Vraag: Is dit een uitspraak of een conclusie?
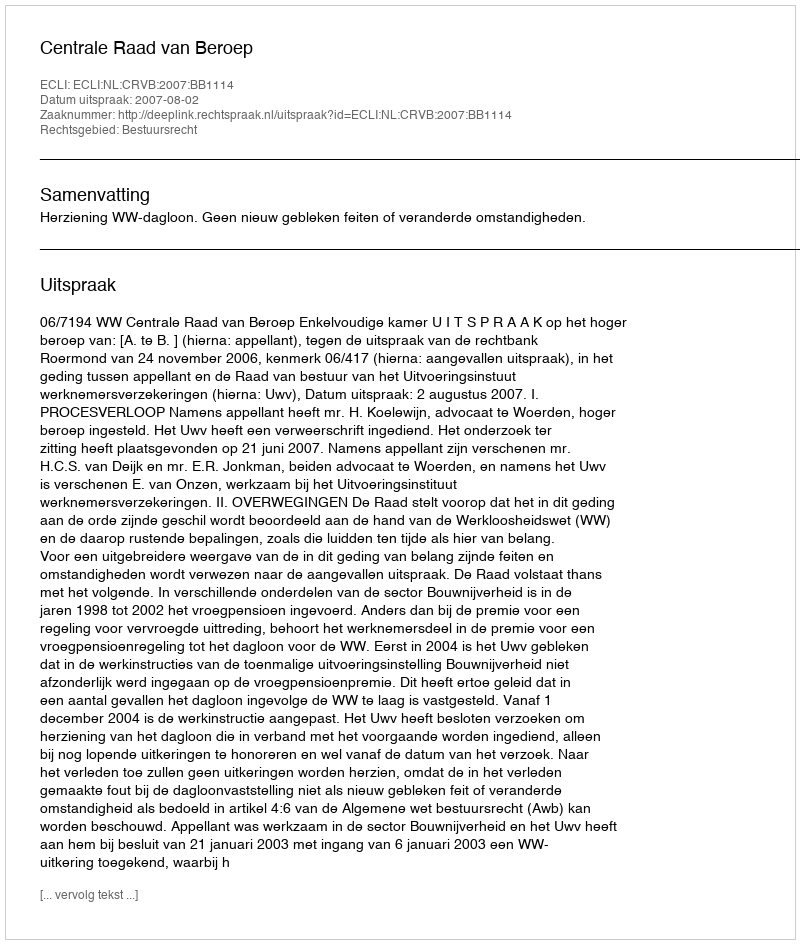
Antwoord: Uitspraak